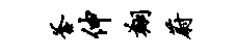
釜伸翔蔚